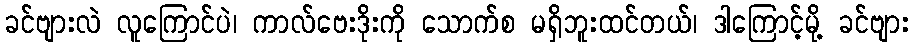
ခင်ဗျားလဲ လူကြောင်ပဲ၊ ကာလ်ဗေးဒိုးကို သောက်စ မရှိဘူးထင်တယ်၊ ဒါကြောင့်မို့ ခင်ဗျား